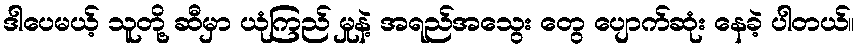
ဒါပေမယ့် သူတို့ ဆီမှာ ယုံကြည် မှုနဲ့ အရည်အသွေး တွေ ပျောက်ဆုံး နေခဲ့ ပါတယ်။